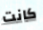
كانت